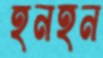
হনহন